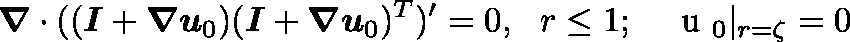
\ensuremath { \boldsymbol { \nabla } } \cdot ( ( \ensuremath { \boldsymbol { I } } + \ensuremath { \boldsymbol { \nabla } } \ensuremath { \boldsymbol { u } } _ { 0 } ) ( \ensuremath { \boldsymbol { I } } + \ensuremath { \boldsymbol { \nabla } } \ensuremath { \boldsymbol { u } } _ { 0 } ) ^ { T } ) ^ { \prime } = 0 , ~ ~ r \leq 1 ; ~ ~ ~ \ensuremath { \mathrm { \boldmath ~ u ~ } } _ { 0 } | _ { r = \zeta } = 0